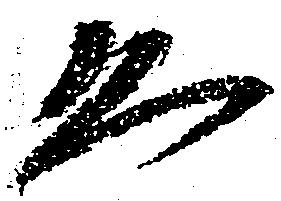
恐